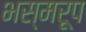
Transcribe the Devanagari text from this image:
भस्मरूप